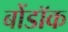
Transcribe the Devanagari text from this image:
बोंडॉक